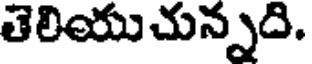
తెలియుచున్నది.